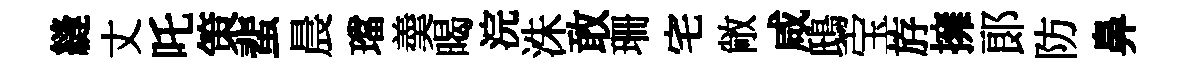
縫丈吒策蜚晨璫羮暍浣洙敢珊宅敞咸鴟宝斿擁郞防鼻